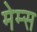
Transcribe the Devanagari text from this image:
मेम्स